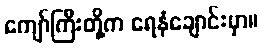
ကျော်ကြီးတို့က ရေနံချောင်းမှာ။